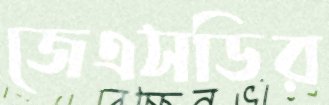
জেএসডির